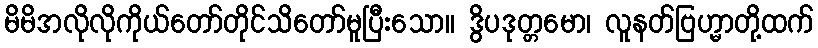
မိမိအလိုလိုကိုယ်တော်တိုင်သိတော်မူပြီးသော။ ဒွိပဒုတ္တမော၊ လူနတ်ဗြဟ္မာတို့ထက်